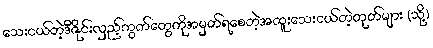
သေးငယ်တဲ့ဒီဇိုင်းလှည့်ကွက်တွေကိုအမှတ်ရစေတဲ့အထူးသေးငယ်တဲ့တုတ်များ (သို့)